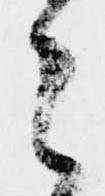
之